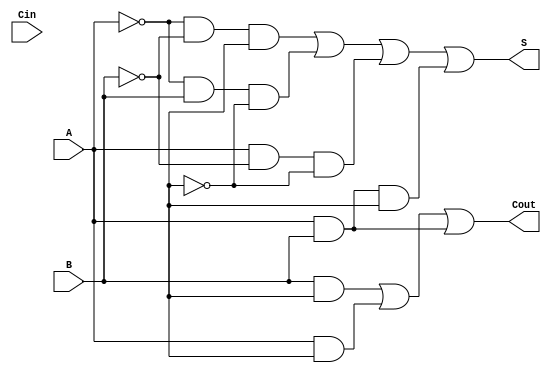
module bit_full_adder(
    input A, B, Cin,
    output S, Cout
    );
    
    assign S = (~A & ~B & C) | (~A & B & ~C) | (A & ~B & ~C) | (A & B & C);
    assign Cout = (B & C) | (A & C) | (A & B);
    
endmodule